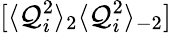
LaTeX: [\langle\mathcal{Q}_{i}^{2}\rangle_{2}\langle\mathcal{Q}_{i}^{2}\rangle_{-2}]